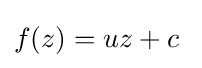
f(z)=uz+c\